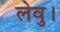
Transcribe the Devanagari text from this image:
लेवु।